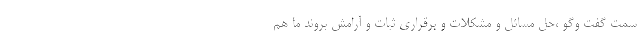
سمت گفت وگو ،حل مسائل و مشکلات و برقراری ثبات و آرامش بروند ما هم